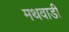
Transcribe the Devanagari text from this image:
मथवाडी